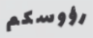
رؤوسكم